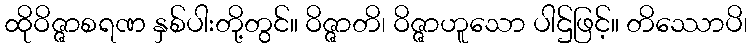
ထိုဝိဇ္ဇာစရဏ နှစ်ပါးတို့တွင်။ ဝိဇ္ဇာတိ၊ ဝိဇ္ဇာဟူသော ပါဌ်ဖြင့်။ တိဿောပိ၊